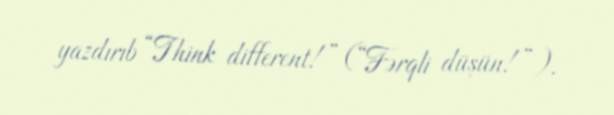
yazdırıb “Think different!” (“Fərqli düşün!”).